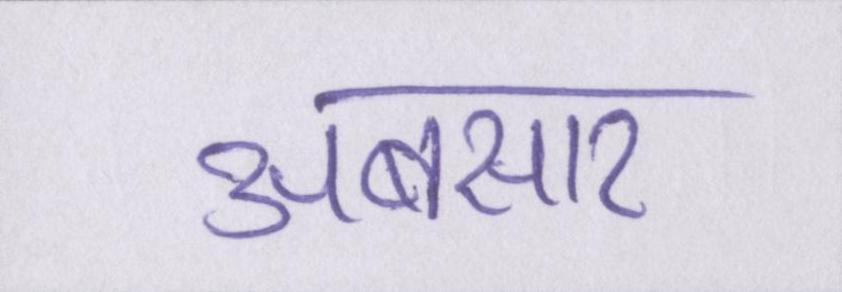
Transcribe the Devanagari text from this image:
अबसार